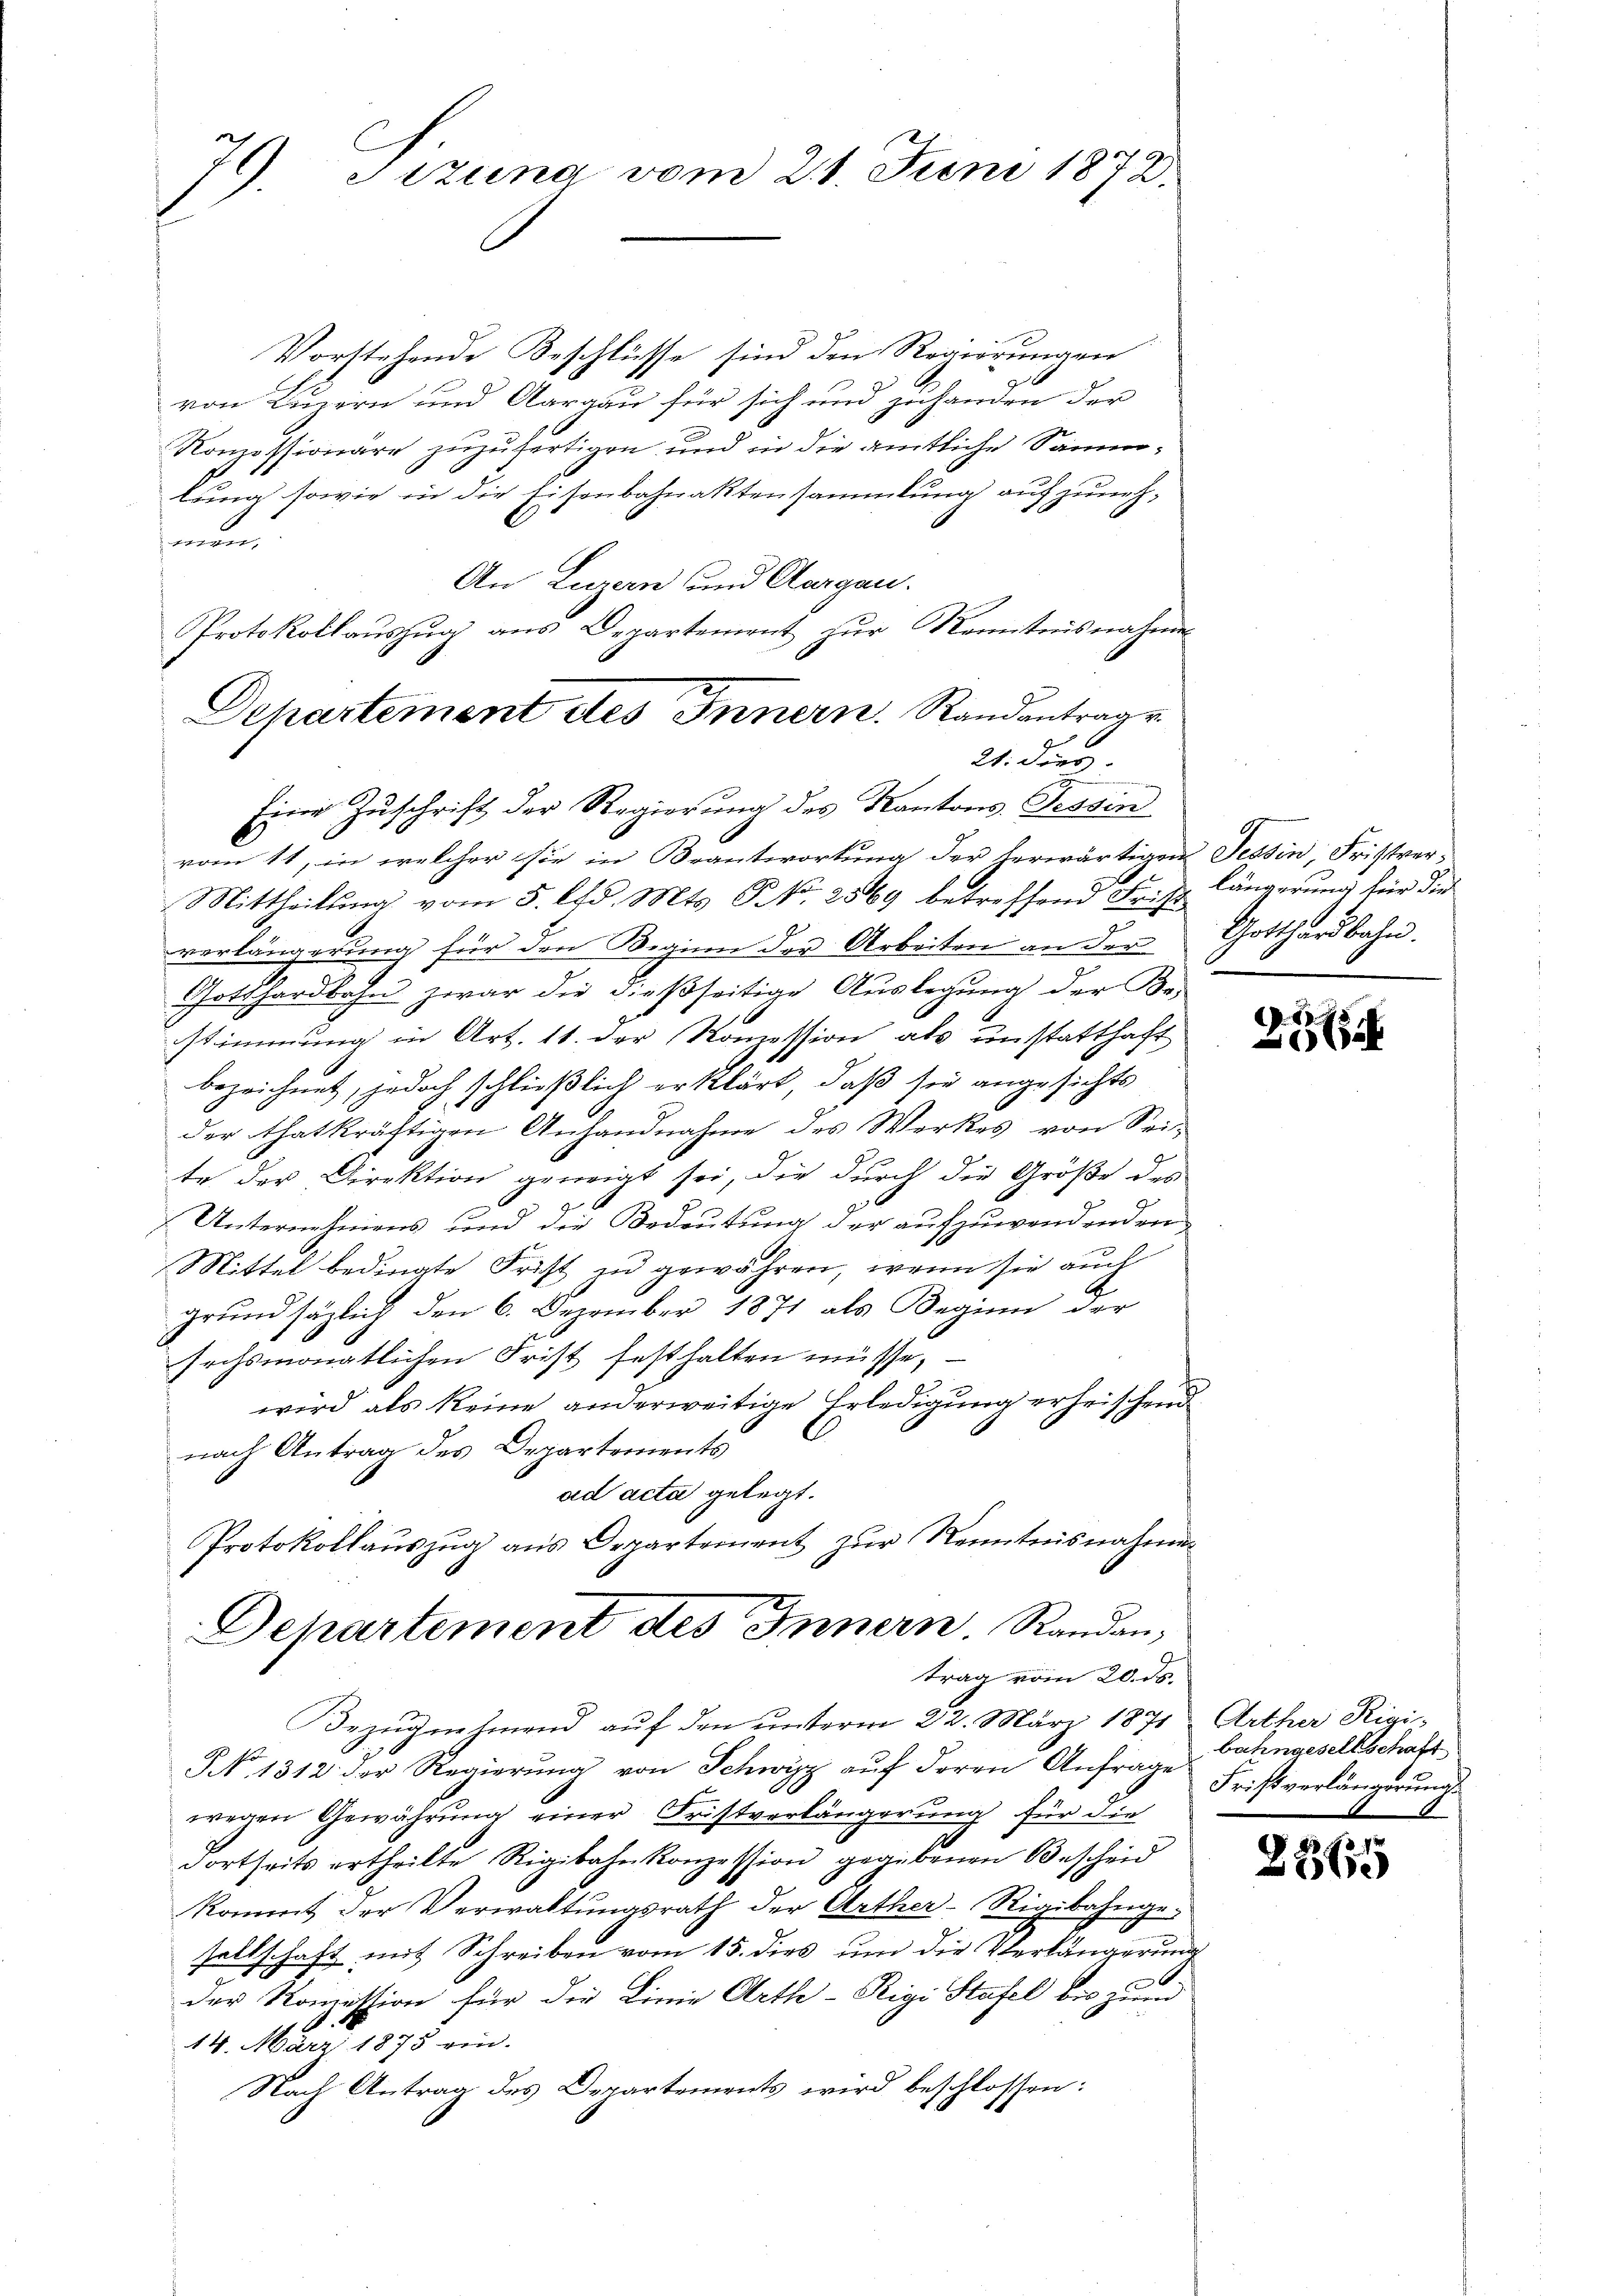
79). Tizuna vom 21. Juni 1872.
l

Vorstehende Beschlüsse sind den Regierungen
von Luzern und Aargau für sich und zuhanden der
Konzessionäre zuzufertigen und in die amtliche Sammlung sowie in die Eisenbahnaktensammlung aufzunehmun
An Luzern und Aargau.
Protokollaŭszŭg ans Departement zŭr Kenntnisnahme
21. dies
Eine Zuschrift der Regierung des Kantons Tessin
vom 11. in welcher sie in Beantwortung der herwärtigen Tessin, Fristver¬
Si
Mittheilung vom 5. lfd. Mts. S. 2569 betreffend Fr. Es längerung für die
verlängerung für den Beginn der Arbeiten an der
Gotthardbahn zwar die dießseitige Auslegung der Be-
stimmung in Art. 11. der Konzession als unsstatthaft
bezeichnet, jedoch schließlich erklärt, daß sie angesichts
der thatkräftigen Anhandnahme des Werkes von Sei-
te der Direktion geneigt sei, die durch die Größe des
Unternehmens und die Bedeutung der aufzuwendenden
Mittel bedingte Frist und gewähren, wenn sie auch
grundsätzlich den 6. Dezember 1871 als Beginn der
sechsmonatlichen Frist festhalten müsse,
wird als keine anderweitige Erledigung erheischend
nach Antrag des Departements
ad acta gelegt.
Protokollauszug aus Departement zur Kenntnisnahmen

Departement des Innern. Randantrage

Dehartement des Innern. Randantrag vom 20. ds.

Gotthardbahn.

Bezugnehmend auf den unterm 22. März 1871 Arther Rigi¬
NNo. 1312. der Regierung von Schwyz auf deren Anfrage Frits verlängerungswegen Gewährung einer Fristverlängerung für die
2
dortseits ertheilte Rigibahnkonzession gegebenen Bescheid
kommt der Verwaltŭngsrath der Arther-Rigibahngesellschaft mit Schreiben vom 15. dies um die Verlängerung
der Konzession für die Linie Arth - Rigi Stafel bis zum
14. März 1875 ein.
Nach Antrag des Departements wird beschlossen:

21524

bahngesellschaft

¬
864